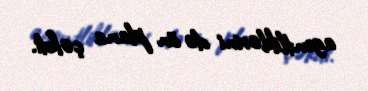
agentliklərini də ön plana çəkdi.